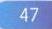
47